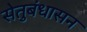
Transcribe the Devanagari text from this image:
सेतुबंधासन